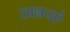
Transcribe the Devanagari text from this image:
खन्नचऐ